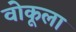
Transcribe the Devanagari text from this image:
वोकूला